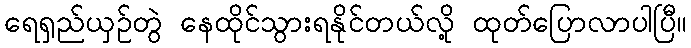
ရေရှည်ယှဉ်တွဲ နေထိုင်သွားရနိုင်တယ်လို့ ထုတ်ပြောလာပါပြီ။